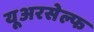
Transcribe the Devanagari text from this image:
यूअरसेल्फ